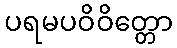
ပရမပဝိဝိတ္တော